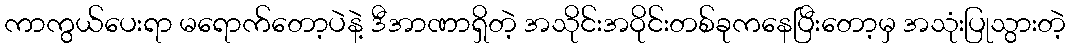
ကာကွယ်ပေးရာ မရောက်တော့ပဲနဲ့ ဒီအာဏာရှိတဲ့ အသိုင်းအဝိုင်းတစ်ခုကနေပြီးတော့မှ အသုံးပြုသွားတဲ့